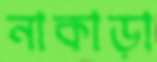
নাকাড়া